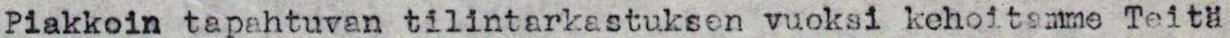
Piakkoin tapahtuvan tilintarkastuksen vuoksi kehoitamme Teitä